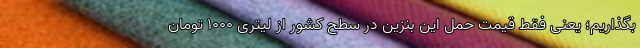
بگذاریم؛ یعنی فقط قیمت حمل این بنزین در سطح کشور از لیتری ۱۰۰۰ تومان